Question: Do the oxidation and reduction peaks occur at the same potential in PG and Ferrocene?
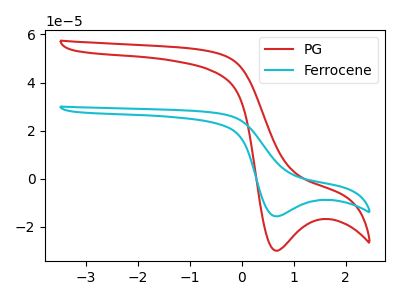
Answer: <think>The red curve "PG" has a cathodic peak at: (0.65V, -29.90uA). The cyan curve "Ferrocene" has a cathodic peak at: (0.65V, -15.65uA).</think>
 <answer>Yes, "PG" have a peak in "Ferrocene" at the same potential.</answer>
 <eval>match</eval>